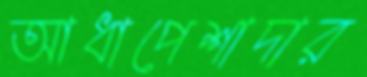
আধাপেশাদার